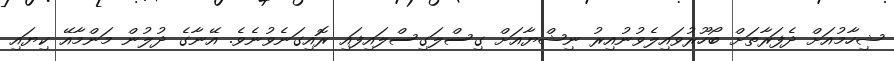
ޝިހާމުއަށް ދެފަރާތަށް ބޯހޫރުވައިލެވުނުއިރު ނިޝްޔާއަށް ގިސްލަގިސްލައިފައި ރޮއިގަނެވުނެވެ. އޭނާގެ ދުލުން މަންމާއޭ ކިޔައި